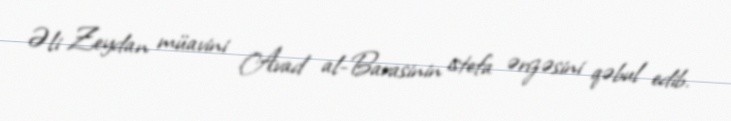
Əli Zeydan müavini Avad al-Barasinin istefa ərizəsini qəbul edib.